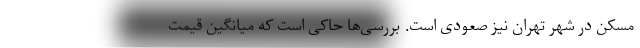
مسکن در شهر تهران نیز صعودی است. بررسی‌ها حاکی است که میانگین قیمت